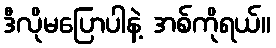
ဒီလိုမပြောပါနဲ့ အစ်ကိုရယ်။